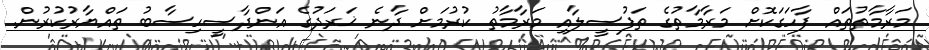
މަރާމާތުތައް ފާހަގަކޮށް މަރާމާތުގެ ތަފުސީލާއި މަރާމާތު ކުރުމަށް ދާނެ ޚަރަދުގެ އަންދާސީހިސާބު ތައްޔާރުކުރުން.